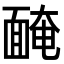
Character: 𩈯